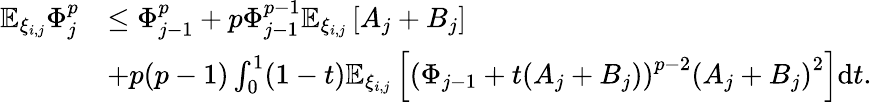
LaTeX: \begin{array}{rl}{\mathbb{E}_{\xi_{i,j}}\Phi_{j}^{p}}&{\le\Phi_{j-1}^{p}+p\Phi_{j-1}^{p-1}\mathbb{E}_{\xi_{i,j}}\left[A_{j}+B_{j}\right]}\\ &{+p(p-1)\int_{0}^{1}(1-t)\mathbb{E}_{\xi_{i,j}}\left[\left(\Phi_{j-1}+t(A_{j}+B_{j})\right)^{p-2}\left(A_{j}+B_{j}\right)^{2}\right]\mathrm{d}t.}\end{array}